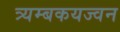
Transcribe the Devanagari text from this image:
त्र्यम्बकयज्वन